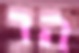
הר